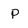
Character: p